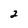
Character: 2